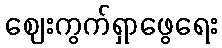
ဈေးကွက်ရှာဖွေရေး